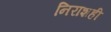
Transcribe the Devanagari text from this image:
निराशही